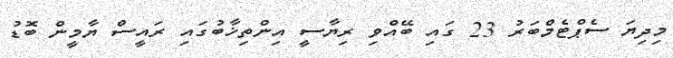
މިދިޔަ ސެޕްޓެމްބަރު 23 ގައި ބޭއްވި ރިޔާސީ އިންތިޚާބުގައި ރައީސް ޔާމީން ބޮޑު